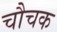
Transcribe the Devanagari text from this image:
चौचक